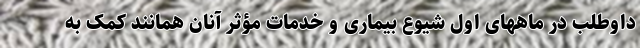
داوطلب در ماههای اول شیوع بیماری و خدمات مؤثر آنان همانند کمک به